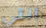
التي